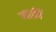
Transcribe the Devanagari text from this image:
मार्क़ी